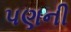
પણની